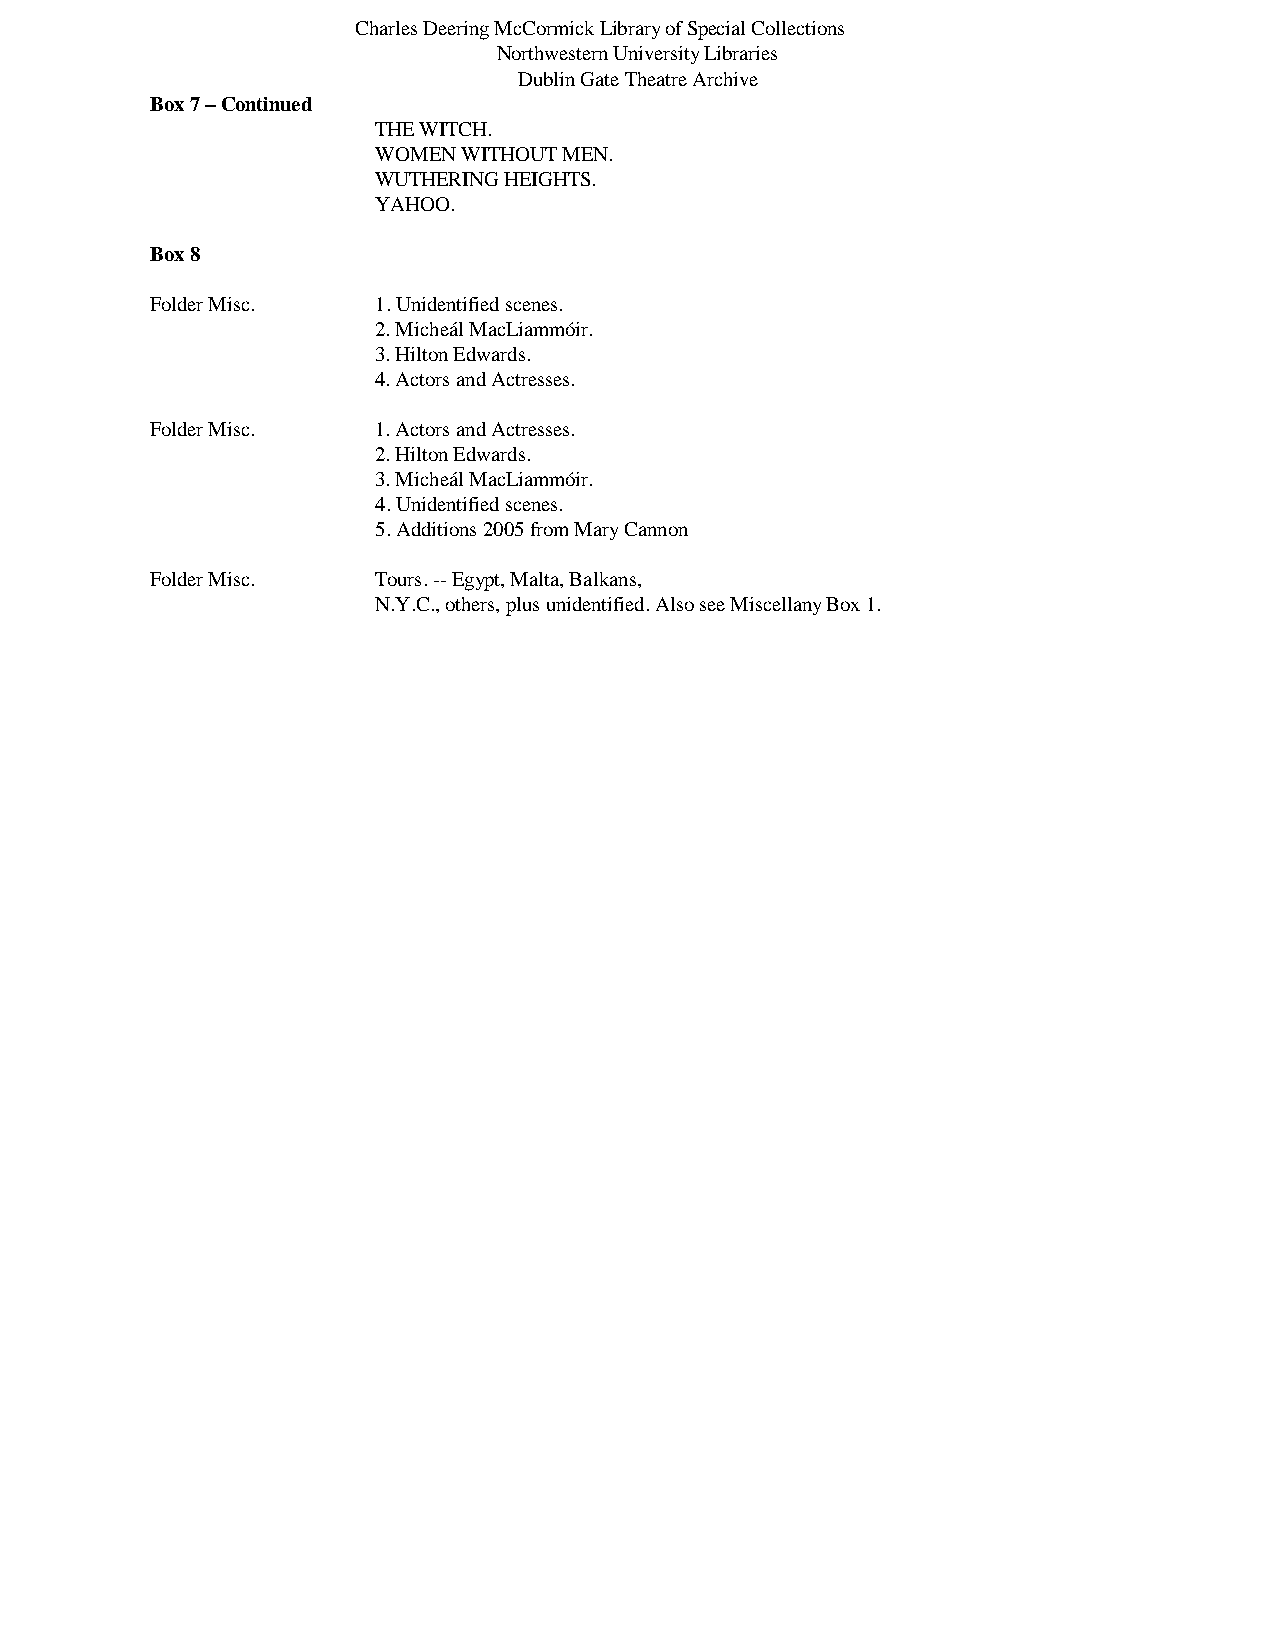
Charles Deering McCormick Library of Special Collections
 Northwestern University Libraries
 Dublin Gate Theatre Archive
 Box 7 – Continued
 THE WITCH.
 WOMEN WITHOUT MEN.
 WUTHERING HEIGHTS.
 YAHOO.
 Box 8
 Folder Misc.   1. Unidentified scenes.
 2. Micheál MacLiammóir.
 3. Hilton Edwards.
 4. Actors and Actresses.
 Folder Misc.   1. Actors and Actresses.
 2. Hilton Edwards.
 3. Micheál MacLiammóir.
 4. Unidentified scenes.
 5. Additions 2005 from Mary Cannon
 Folder Misc.   Tours. -- Egypt, Malta, Balkans,
 N.Y.C., others, plus unidentified. Also see Miscellany Box 1.